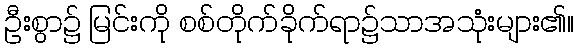
ဦးစွာ၌ မြင်းကို စစ်တိုက်ခိုက်ရာ၌သာအသုံးများ၏။